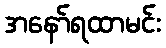
အနော်ရထာမင်း